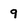
Character: 9